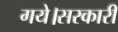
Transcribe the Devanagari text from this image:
गये।सरकारी